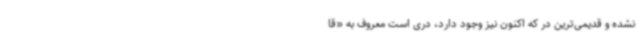
نشده و قدیمی‌ترین در که اکنون نیز وجود دارد، دری است معروف به «قا